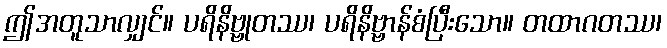
ဤအတူသာလျှင်။ ပရိနိဗ္ဗုတဿ၊ ပရိနိဗ္ဗာန်စံပြီးသော။ တထာဂတဿ၊